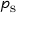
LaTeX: p _ { \mathrm { s } }